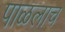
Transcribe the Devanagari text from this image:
पाळलाच